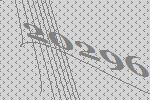
20296